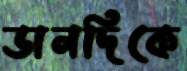
ডানদিকে